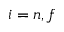
i = n , f